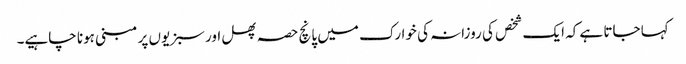
کہا جاتا ہے کہ ایک شخص کی روزانہ کی خوارک میں پانچ حصہ پھل اور سبزیوں پر مبنی ہونا چاہیے۔